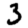
Digit: 3